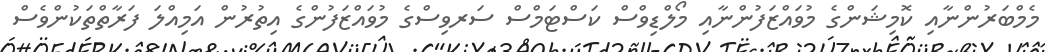
މެމްބަރުންނާއި ކޮމިޝަންގެ މުވައްޒަފުންނާއި މޯލްޑިވްސް ކަސްޓަމްސް ސަރވިސްގެ މުވައްޒަފުންގެ އިތުރުން އަމިއްލަ ފަރާތްތަކުންވެސް